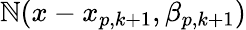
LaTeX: {\mathbb{N}}(x-x_{p,k+1},\beta_{p,k+1})